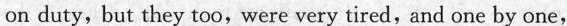
on duty,but they too, were very tired,and one by one,